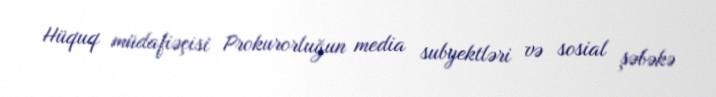
Hüquq müdafiəçisi Prokurorluğun media subyektləri və sosial şəbəkə